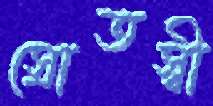
স্রোতস্বী